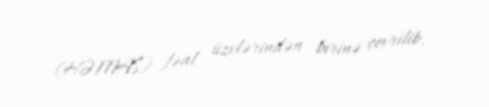
(HƏMAS) fəal üzvlərindən birinə çevrilib.